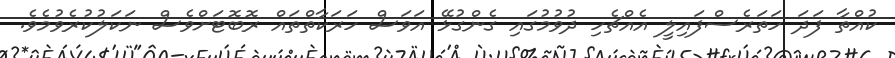
ކުއްތާ ފަދަ ހަތަރެސްފައިލީ އެއްޗެހި ދުވުމުގައި ގެންގުޅޭ އަވަސް ހަރަކާތްތައް ރޮބޮޓަށްވެސް ނަކަލުކުރެވުމެވެ.